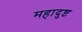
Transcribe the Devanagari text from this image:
महादुष्ट